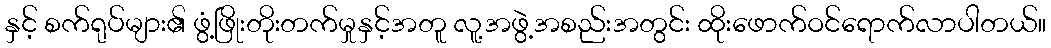
နှင့် စက်ရုပ်များ၏ ဖွံ့ဖြိုးတိုးတက်မှုနှင့်အတူ လူ့အဖွဲ့အစည်းအတွင်း ထိုးဖောက်ဝင်ရောက်လာပါတယ်။